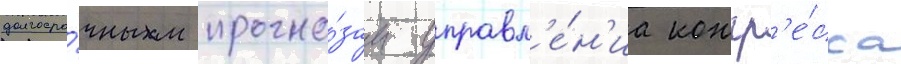
долгосро́чным прогно́зам управл'е́н'иа конгр'е́сса